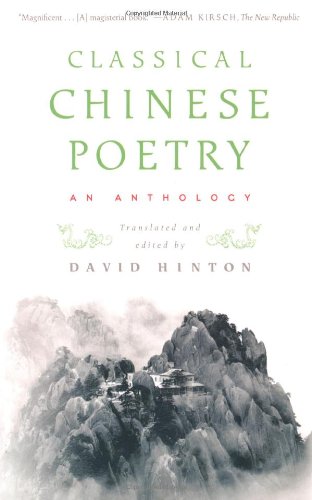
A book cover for Classical Chinese Poetry: An Anthology; Literature & Fiction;